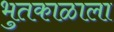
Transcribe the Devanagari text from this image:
भुतकाळाला